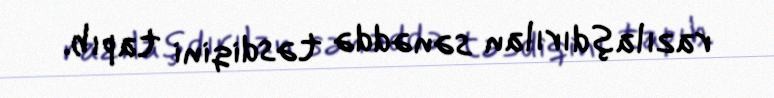
razılaşdırılan sənəddə təsdiqini tapıb.